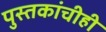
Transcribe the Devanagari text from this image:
पुस्तकांचीही